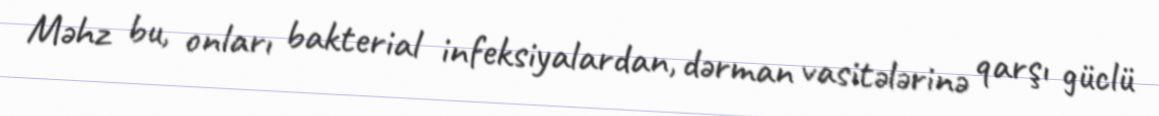
Məhz bu, onları bakterial infeksiyalardan, dərman vasitələrinə qarşı güclü